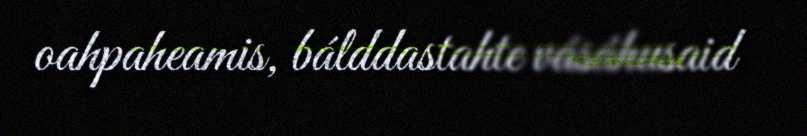
oahpaheamis, bálddastahte vásáhusaid